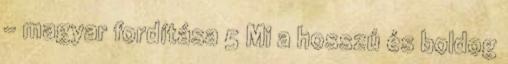
- magyar fordítása 5 Mi a hosszú és boldog